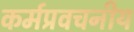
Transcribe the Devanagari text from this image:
कर्मप्रवचनीय